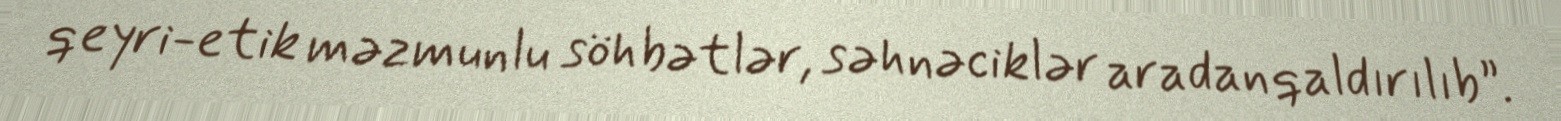
qeyri-etik məzmunlu söhbətlər, səhnəciklər aradan qaldırılıb”.